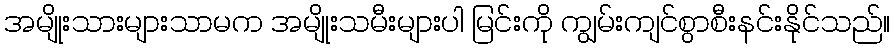
အမျိုးသားများသာမက အမျိုးသမီးများပါ မြင်းကို ကျွမ်းကျင်စွာစီးနင်းနိုင်သည်။